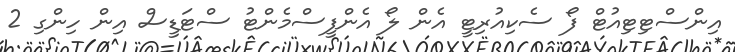
އިންސްޓިޓިއުޓް ފޯ ސެކިއުރިޓީ އެން ލޯ އެންފީސްމެންޓު ސްޓަޑީސް އިން ހިންގި 2